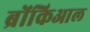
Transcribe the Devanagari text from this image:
ब्रोंकिआल